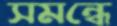
সমন্ধে